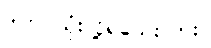
ဒါက သုံးလို့ရသေးလား။